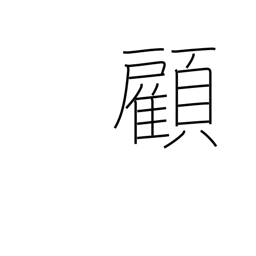
Meaning: look back